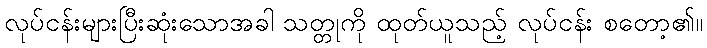
လုပ်ငန်းများပြီးဆုံးသောအခါ သတ္တုကို ထုတ်ယူသည့် လုပ်ငန်း စတော့၏။